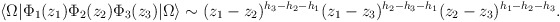
\begin{align*}\langle \Omega | \Phi_1 (z_1) \Phi_2 (z_2)\Phi_3 (z_3) | \Omega \rangle\sim (z_1 - z_2)^{h_3 - h_2 - h_1} (z_1 - z_3)^{h_2 - h_3 - h_1}(z_2 - z_3)^{h_1 - h_2 - h_3}.\end{align*}